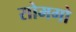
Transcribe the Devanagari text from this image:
सोमगो